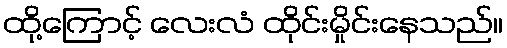
ထို့ကြောင့် လေးလံ ထိုင်းမှိုင်းနေသည်။